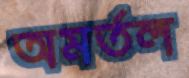
অমর্তল